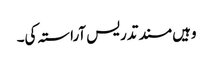
وہیں مسند تدریس آراستہ کی۔